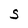
Character: S